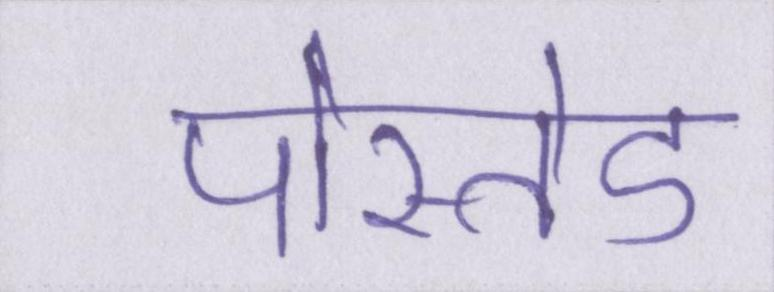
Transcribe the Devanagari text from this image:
पोस्तेड